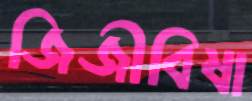
জিজীবিষা